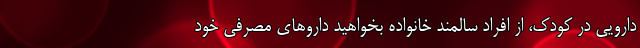
دارویی در کودک، از افراد سالمند خانواده بخواهید داروهای مصرفی خود